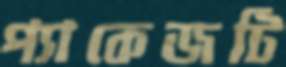
প্যাকেজটি